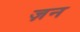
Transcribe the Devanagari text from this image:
ज़न